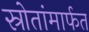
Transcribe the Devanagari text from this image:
स्रोतांमार्फत